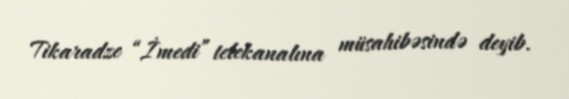
Tikaradze “İmedi” telekanalına müsahibəsində deyib.